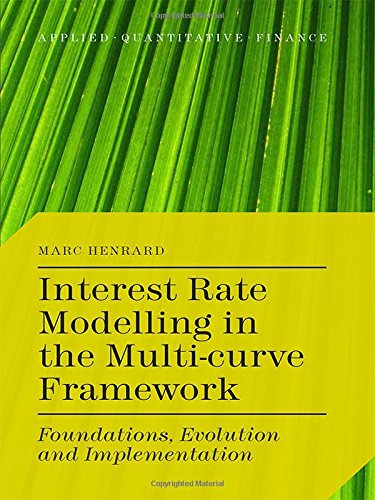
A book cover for Interest Rate Modelling in the Multi-Curve Framework: Foundations, Evolution and Implementation (Applied Quantitative Finance); Marc Henrard; Business & Money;